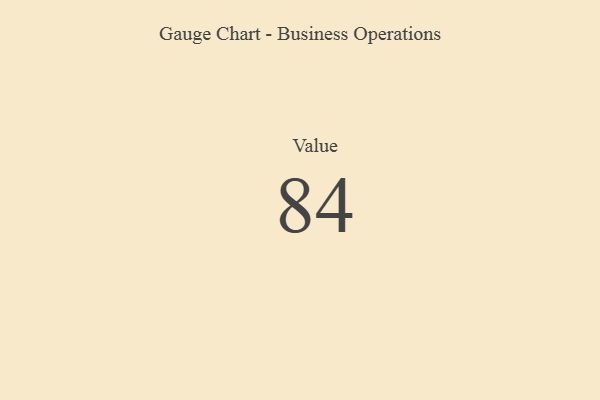
{"axis": {"x": "Metric", "y": "Value"}, "legend": [""], "data": [{"x": "Value", "y": 84, "type": ""}]}